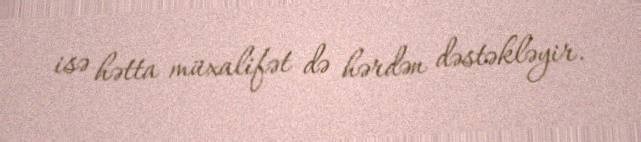
isə hətta müxalifət də hərdən dəstəkləyir.